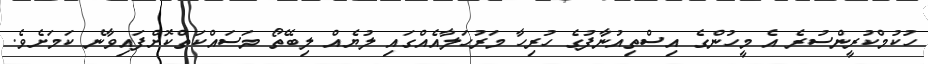
ހުކުމްކުރީންސުރެ އެ މީހުންގެ އިސްތިއުނާފުގެ ހުރިހާ މަރުހަލާއެއްގައި ލުޔެއް ލިބޭތޯ މަސައްކަތްކޮށްފައިވާނެ ކަމަށެވެ.